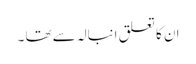
ان کا تعلق انبالہ سے تھا ۔